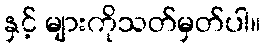
နှင့် များကိုသတ်မှတ်ပါ။